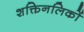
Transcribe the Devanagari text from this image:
शक्तिनलिकों